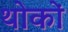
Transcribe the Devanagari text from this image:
थोकों